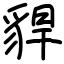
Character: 貋